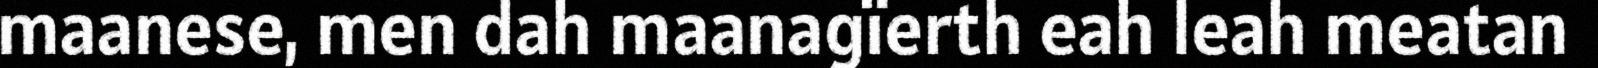
maanese, men dah maanagïerth eah leah meatan